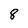
Character: 8